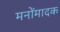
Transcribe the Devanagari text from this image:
मनोंमादक